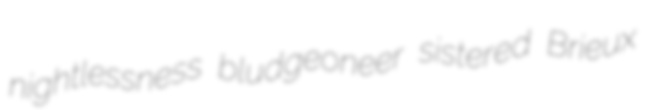
nightlessness bludgeoneer sistered Brieux